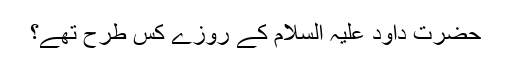
حضرت داؤد عَلَیْہِ السَّلَام کے روزے کس طرح تھے؟